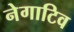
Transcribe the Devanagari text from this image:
नेगाटिव